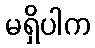
မရှိပါက